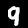
Label: 9